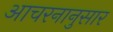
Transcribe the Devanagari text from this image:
आचरनानुसार